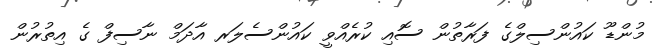
މުންޑޫ ކައުންސިލްގެ ފަރާތުން ސޮއި ކުރެއްވީ ކައުންސެލަރ އާދަމް ނާސިފް ގެ އިތުރުން